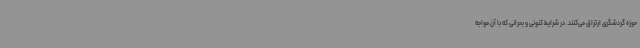
حوزه گردشگری ارتزاق می‌کنند. در شرایط کنونی و بحرانی که با آن مواجه